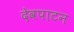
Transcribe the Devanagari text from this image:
देवपाटन